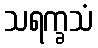
သရက္ခသံ